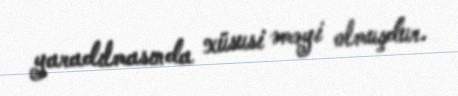
yaradılmasında xüsusi əməyi olmuşdur.